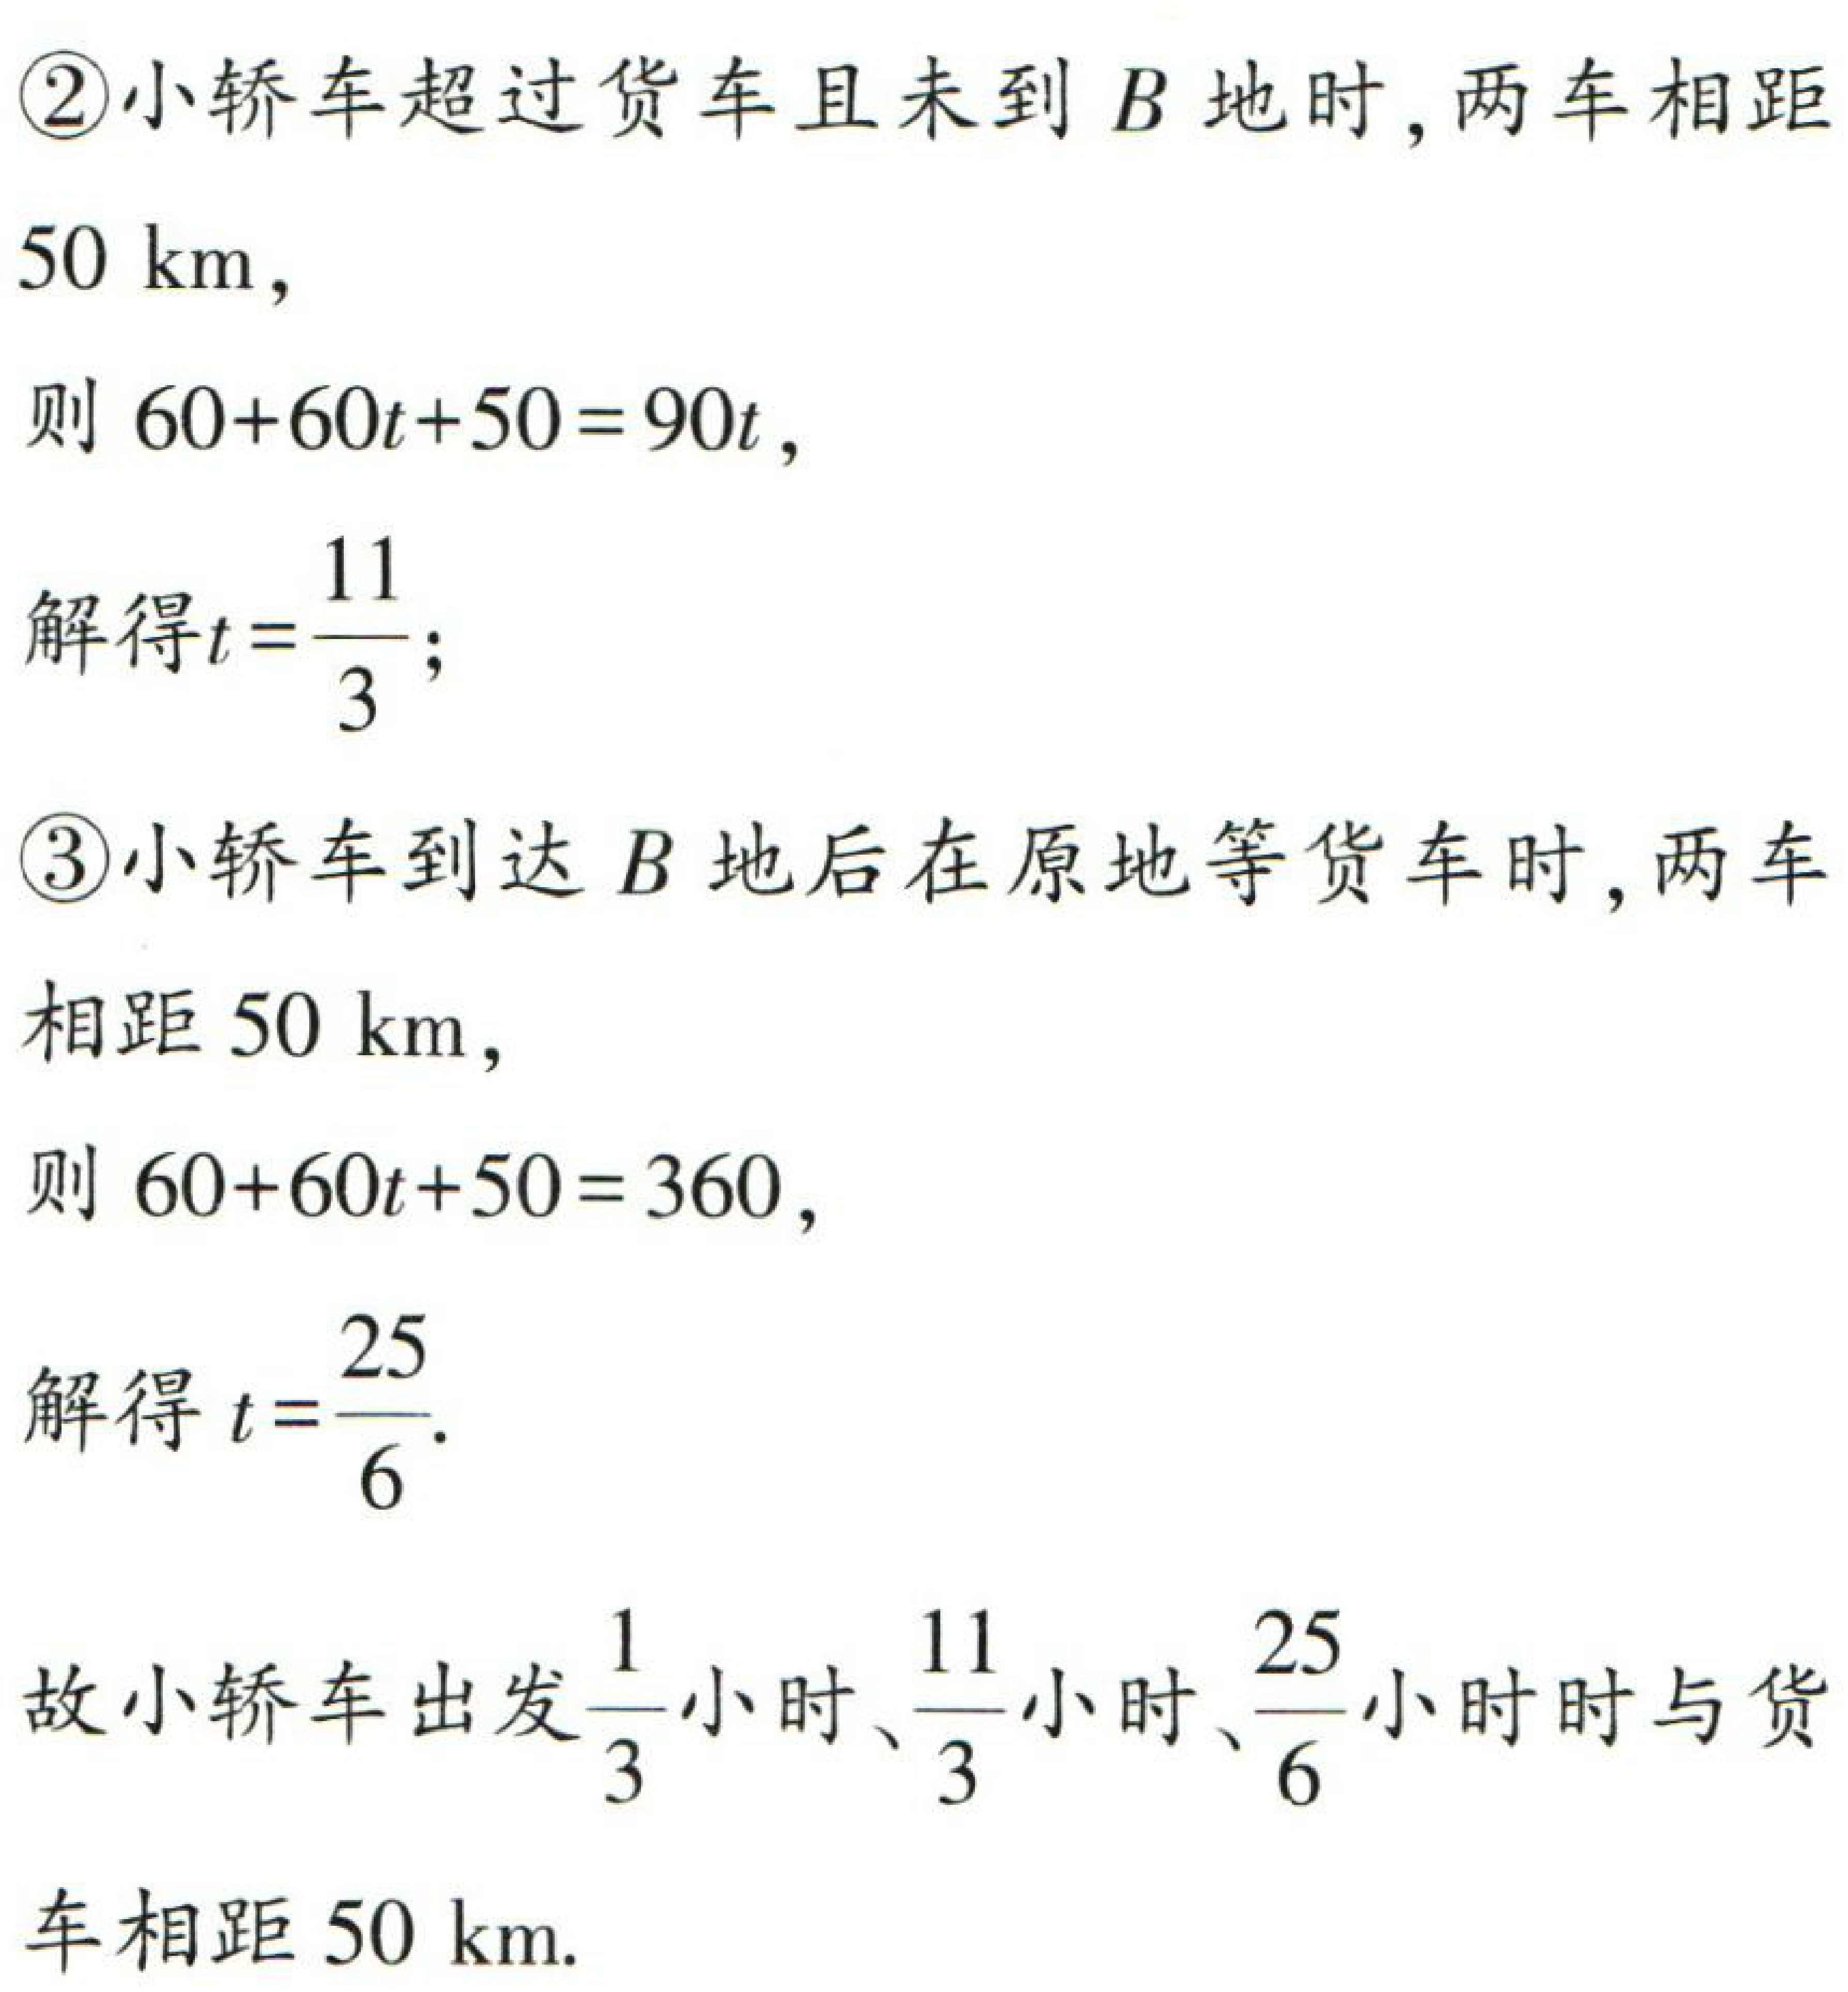
\textcircled{2}小轿车超过货车且未到\(B\)地时,两车相距

\(50\ \mathrm{km}\),

则 \(60 + 60t + 50 = 90t\),

解得\(t = \frac{11}{3}\);

\textcircled{3}小轿车到达\(B\)地后在原地等货车时,两车

相距 \(50\ \mathrm{km}\),

则 \(60 + 60t + 50 = 360\),

解得 \(t = \frac{25}{6}\).

故小轿车出发\(\frac{1}{3}\)小时、\(\frac{11}{3}\)小时、\(\frac{25}{6}\)小时时与货

车相距 \(50\ \mathrm{km}\).